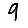
Digit: 9